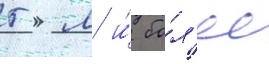
5 м и́ бо́л'ее